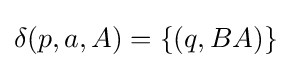
\delta (p,a,A)=\{(q,BA)\}